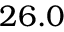
2 6 . 0